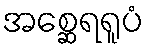
အစ္ဆေရရူပံ